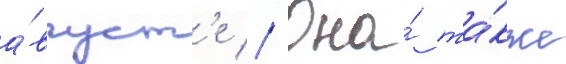
а́вгуст'е // Она́ та́кже